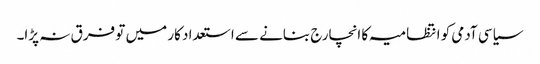
سیاسی آدمی کو انتظامیہ کا انچارج بنانے سے استعداد کار میں تو فرق نہ پڑا۔